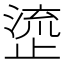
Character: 𬈰